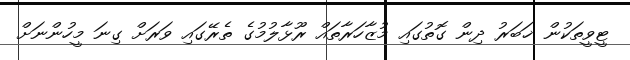
ޓީވީތަކުން ޚަބަރު ދިން ގޮތުގައި މުޒާހަރާތައް ރޫޅާލުމުގެ ތެރޭގައި ވަރަށް ގިނަ މީހުންނަށް